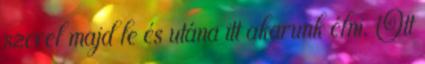
szerel majd le és utána itt akarunk élni. Ott